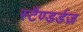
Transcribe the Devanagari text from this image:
स्टैण्डर्डज़